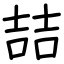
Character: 喆